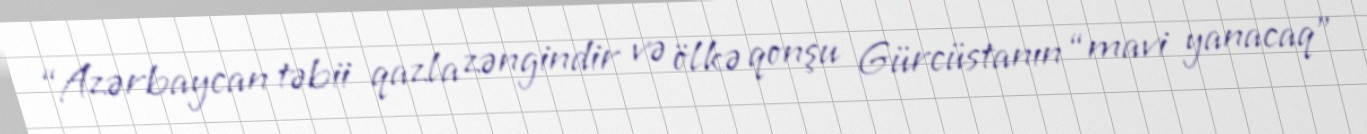
“Azərbaycan təbii qazla zəngindir və ölkə qonşu Gürcüstanın “mavi yanacaq”